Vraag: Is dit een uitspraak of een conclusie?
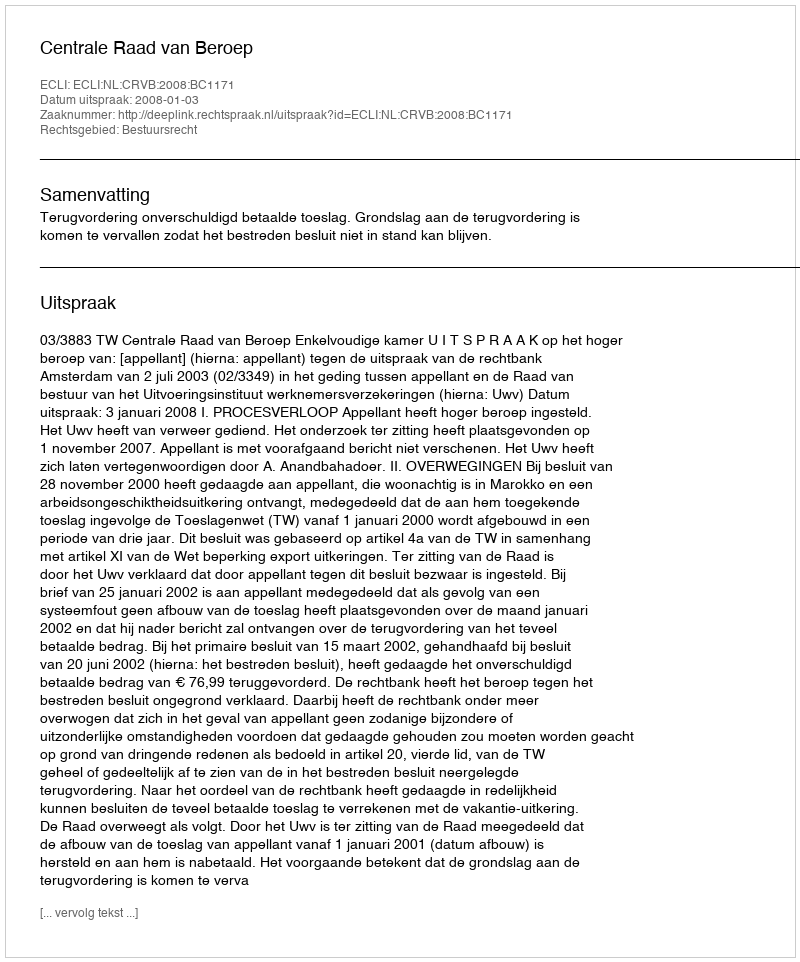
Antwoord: Uitspraak